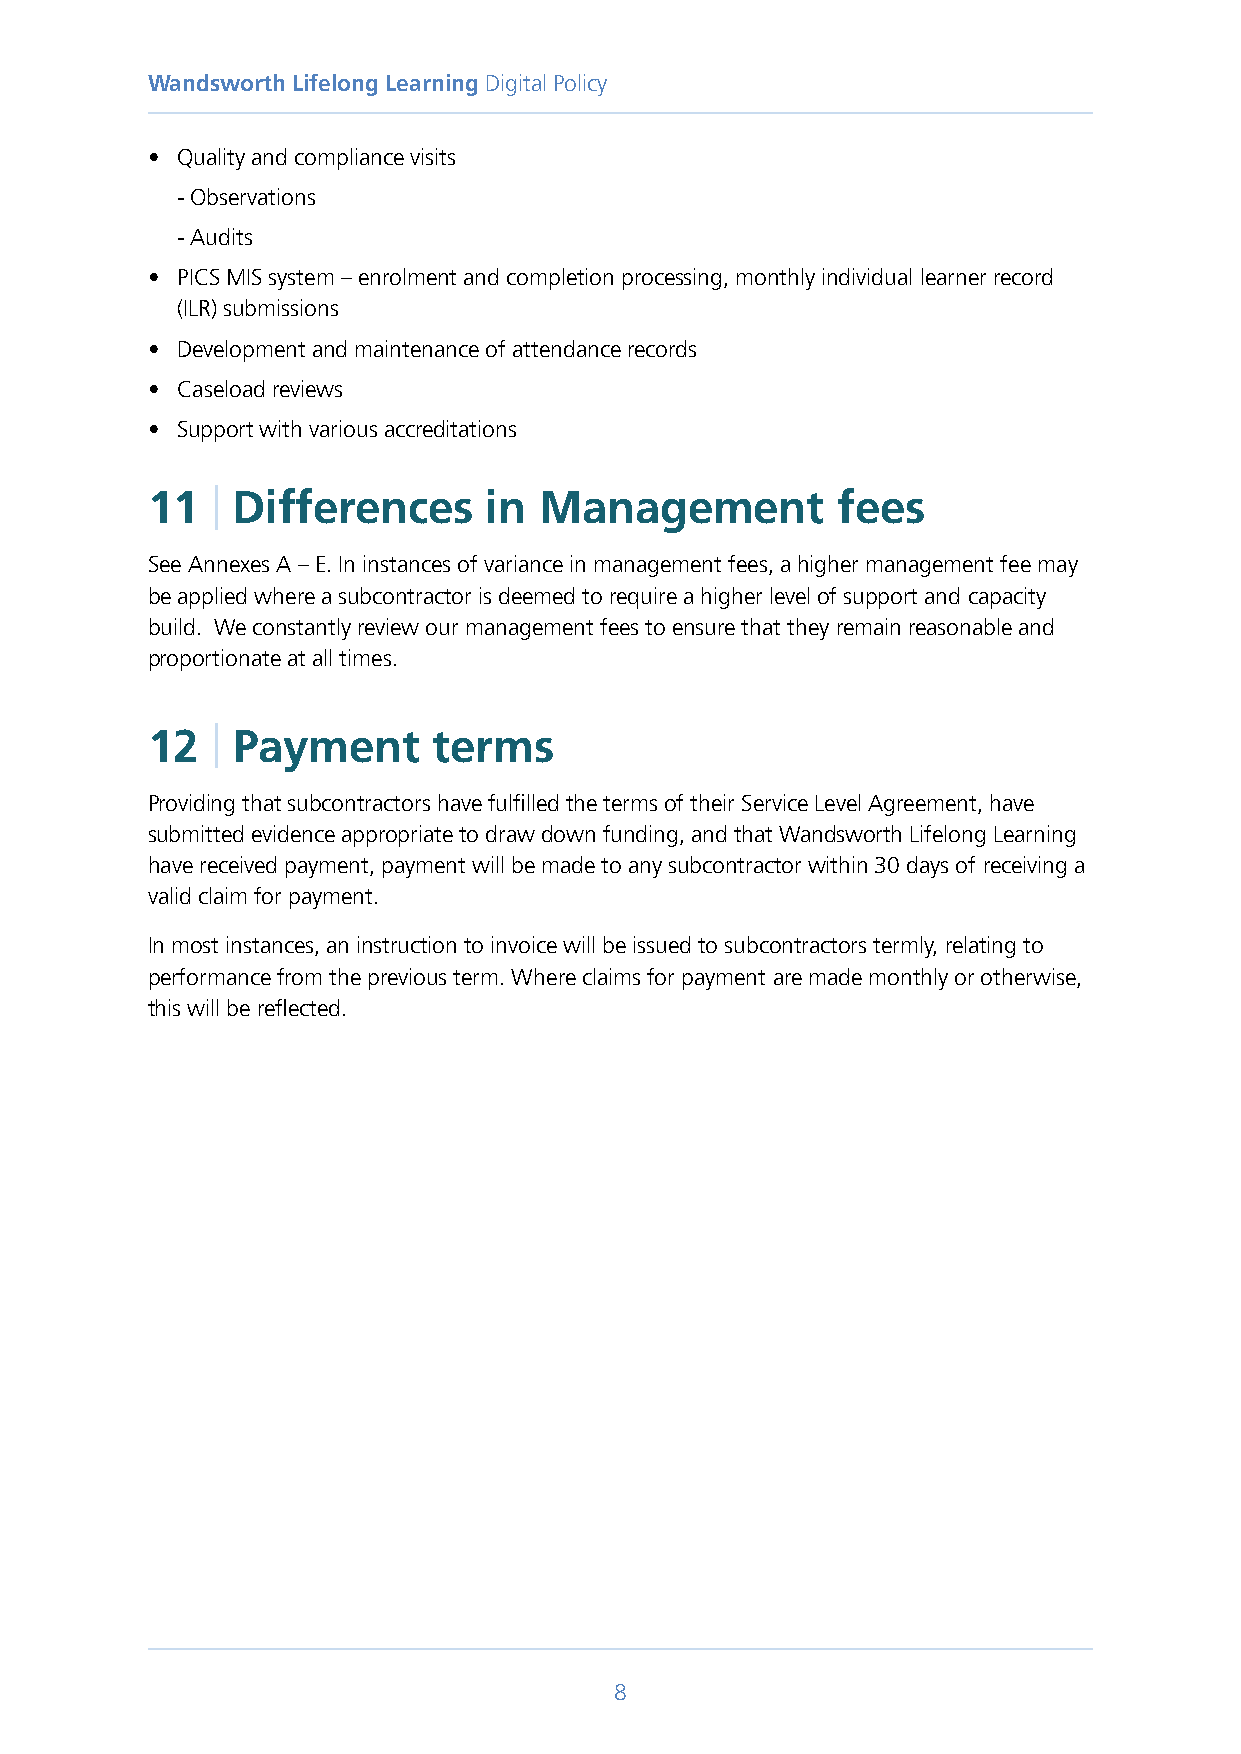
Wandsworth Lifelong Learning Digital Policy
 • Quality and compliance visits
 - Observations
 - Audits
 • P ICS MIS system – enrolment and completion processing, monthly individual learner record
 (ILR) submissions
 • Development and maintenance of attendance records
 • Caseload reviews
 • Support with various accreditations
 11  | Differences     in  Management         fees
 See Annexes A – E. In instances of variance in management fees, a higher management fee may
 be applied where a subcontractor is deemed to require a higher level of support and capacity
 build. We constantly review our management fees to ensure that they remain reasonable and
 proportionate at all times.
 12  | Payment      terms
 Providing that subcontractors have fulfilled the terms of their Service Level Agreement, have
 submitted evidence appropriate to draw down funding, and that Wandsworth Lifelong Learning
 have received payment, payment will be made to any subcontractor within 30 days of receiving a
 valid claim for payment.
 In most instances, an instruction to invoice will be issued to subcontractors termly, relating to
 performance from the previous term. Where claims for payment are made monthly or otherwise,
 this will be reflected.
 8